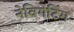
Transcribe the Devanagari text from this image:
नेविगेटिंग